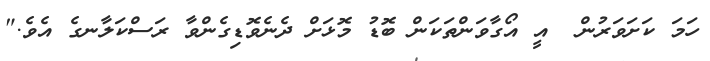
ހަމަ ކަށަވަރުން  އީ އޯގާވަންތަކަން ބޮޑު މޮޅަށް ދެނެވޮޑިގެންވާ ރަސްކަލާނގެ އެވެ."